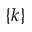
\{ k \}